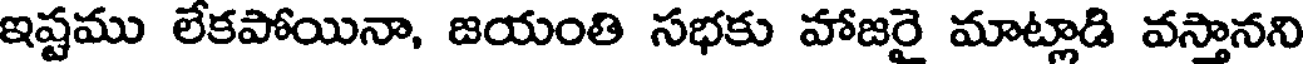
ఇష్టము లేకపోయినా, జయంతి సభకు హాజరై మాట్లాడి వస్తానని